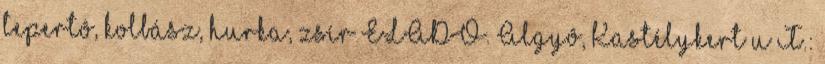
tepertô, kolbász, hurka, zsír ELADÓ. Algyô, Kastélykert u T.: